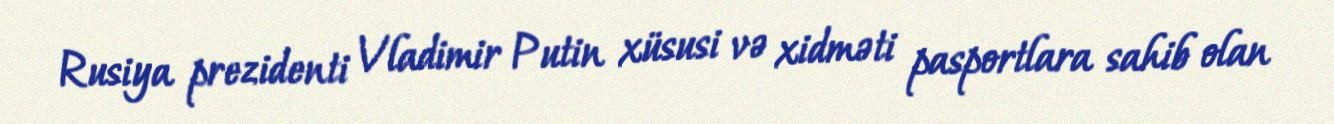
Rusiya prezidenti Vladimir Putin xüsusi və xidməti pasportlara sahib olan